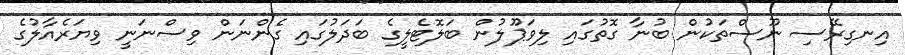
އިނގިރޭސި ނޫސްތަކުން ބުނާ ގޮތުގައި ލިވަޕޫލުން ބަލޮޓެލީގެ ބަދަލުގައި ގެންނަން ވިސްނަނީ ވިޔަރެއާލުގެ